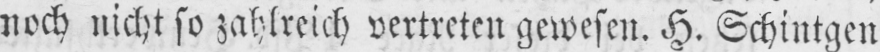
noch nicht so zahlreich vertreten gewesen. H. Schintgen